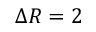
\Delta R = 2